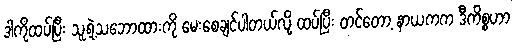
ဒါကိုထပ်ပြီး သူ့ရဲ့သဘောထားကို မေးစေချင်ပါတယ်လို့ ထပ်ပြီး တင်တော့ နာယကက ဒီကိစ္စဟာ